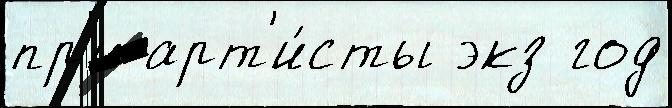
пр'и арт'и́сты экз год